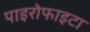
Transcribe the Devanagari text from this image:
पाइरोफाइटा